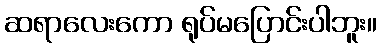
ဆရာလေးကော ရုပ်မပြောင်းပါဘူး။